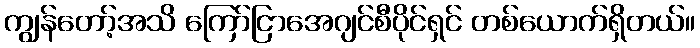
ကျွန်တော့်အသိ ကြော်ငြာအေဂျင်စီပိုင်ရှင် တစ်ယောက်ရှိတယ်။